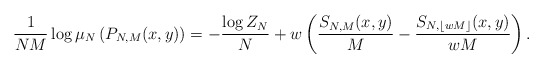
\begin{align*} \frac{1}{NM} \log \mu_N\left(P_{N,M}(x,y)\right) = -\frac{\log Z_N}{N} + w\left(\frac{S_{N,M}(x,y)}{M} - \frac{S_{N,\lfloor wM\rfloor}(x,y)}{wM}\right).\end{align*}